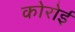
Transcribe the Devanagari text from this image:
कोरोई